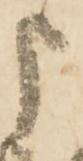
申